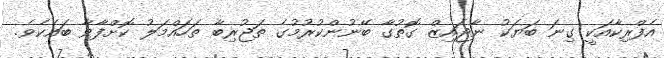
އެފްރިކާއަކީ ގިނަ ބަޔަކު ނާޖައިޒް ގޮތުގާ ބޭނުންކުރުމުގެ ތަޖުރިބާ ތަހައްމަލު ކޮށްފާވާ ބައެކެވެ.